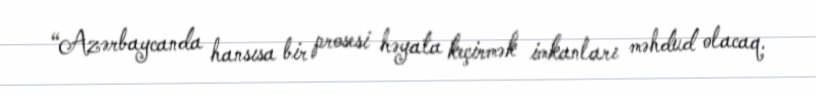
“Azərbaycanda hansısa bir prosesi həyata keçirmək imkanları məhdud olacaq.